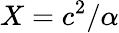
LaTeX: X=c^{2}/\alpha